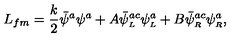
L _ { f m } = \frac { k } { 2 } \bar { \psi } ^ { a } \psi ^ { a } + A \bar { \psi } _ { \scriptscriptstyle L } ^ { a c } \psi _ { \scriptscriptstyle L } ^ { a } + B \bar { \psi } _ { \scriptscriptstyle R } ^ { a c } \psi _ { \scriptscriptstyle R } ^ { a } ,